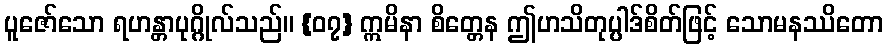
ပူဇော်သော ရဟန္တာပုဂ္ဂိုလ်သည်။ {၀၇} ဣမိနာ စိတ္တေန ဤဟသိတုပ္ပါဒ်စိတ်ဖြင့် သောမနဿိတော